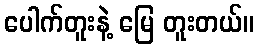
ပေါက်တူးနဲ့ မြေ တူးတယ်။